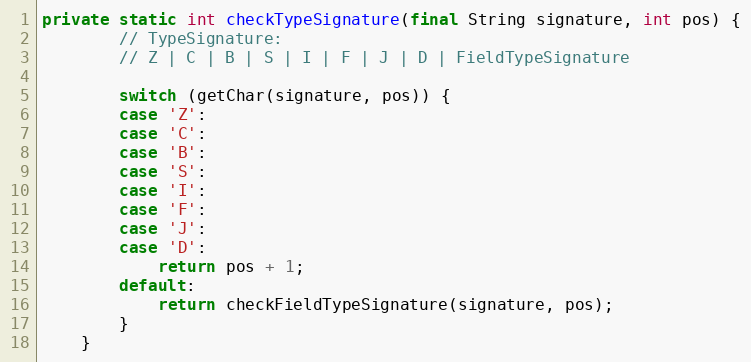
Language: Java
private static int checkTypeSignature(final String signature, int pos) {
        // TypeSignature:
        // Z | C | B | S | I | F | J | D | FieldTypeSignature

        switch (getChar(signature, pos)) {
        case 'Z':
        case 'C':
        case 'B':
        case 'S':
        case 'I':
        case 'F':
        case 'J':
        case 'D':
            return pos + 1;
        default:
            return checkFieldTypeSignature(signature, pos);
        }
    }